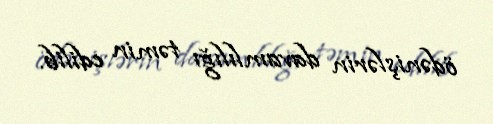
ödənişlərin davamlılığı təmin edilib.